King Institute of Preventive Medicine Micro-Biological Section reports 1912-19
Year: 1912
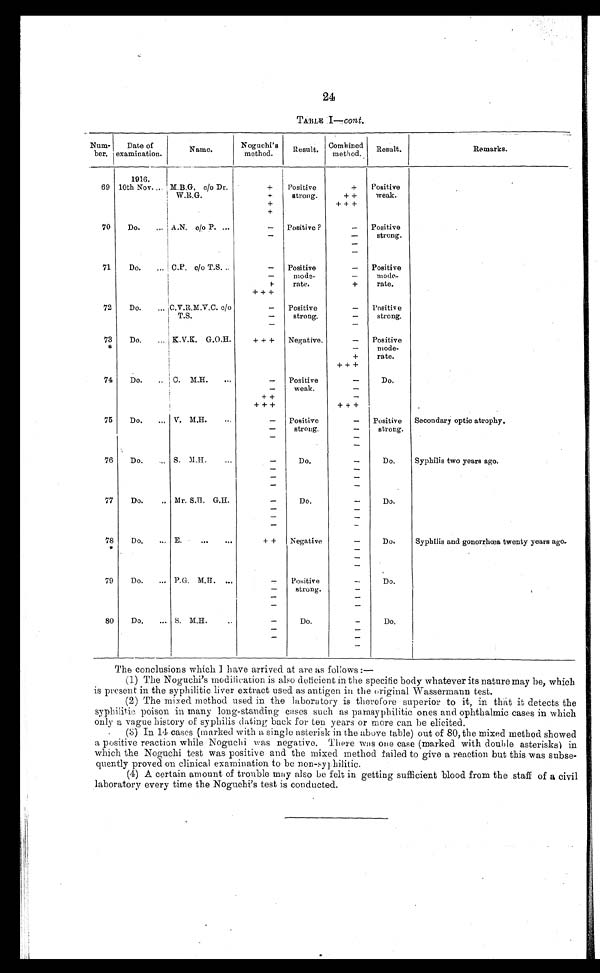
24
TABLE I—cont.
Num-
ber.
Date of
examination.
Na me .
Noguchi's
method.
Result.
Combined
method.
Result.
Remarks.
1916.
69 10th Nov. .. M.B.G. c/o Dr.
+
Positive
strong.
+
Positive
weak.
W.R.G.
+
+ +
+
+++
+
70
Do.
.. A.N. c/o p. ...
-
Positive ?
-
Positive
strong.
-
-
-
-
71
Do.
... C.P. c/o T.S. ..
-
Positive
mode-
rate.
-
Positive
mode-
rate.
-
-
+
+
+++
72
Do.
... C.V.R.M.V.C. c/o
-
Positive
strong.
-
Positive
strong.
T.S.
-
-
-
-
73
Do.
... K.V.K. G.O.H.
+ + +
Negative.
-
Positive
mode-
rate.
*
-
+
+++
74
Do.
.. C. M.H.
...
-
Positive
weak.
-
Do.
-
++
-
+++
+++
75
Do.
... V. M.H.
-
Positive
strong.
-
Positive
strong.
Secondary optic atrophy.
-
-
-
-
-
76
Do.
... S. M.H.
...
-
Do.
-
Do.
Syphilis two years ago.
-
-
-
-
-
-
77
Do.
.. Mr. S.D. G.H.
-
Do.
-
Do.
-
-
-
-
-
-
78
Do.
... E.
...
...
+ +
Negative
-
Do.
Syphilis and gonorrhœa twenty years ago,
*
-
-
-
79
Do.
.. P.G. M.H. ..
- Positive
strong.
-
Do.
-
-
-
-
-
-
80
Do. ...
S. M.H....
-
Do.
-
Do.
-
-
-
-
-
The conclusions which I have arrived at are as follows :
—
(1) The Noguchi's modification is also deficient in the specific body whatever its nature may be, which
is present in the syphilitic liver extract used as antigen in the original Wassermann test.
(2) The mixed method used in the laboratory is therefore superior to it, in that it detects the
syphilitic poison in many long-standing cases such as parasyphilitic ones and ophthalmic cases in which
only a vague history of syphilis dating back for ten years or more can be elicited.
(3) In 14 cases (marked with a single asterisk in the above table) out of 80, the mixed method showed
a positive reaction while Noguchi was negative. There was one case (marked with double asterisks) in
which the Noguchi test was positive and the mixed method failed to give a reaction but this was subse-
quently proved on clinical examination to be non-syphilitic
(4) A certain amount of trouble may also be felt in getting sufficient blood from the staff of a civil
laboratory every time the Noguchi's test is conducted.